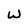
Character: w